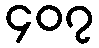
၄၀၇